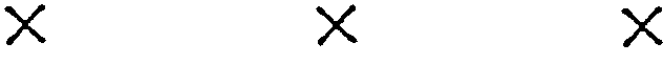
X X X